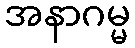
အနာဂမ္မ